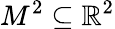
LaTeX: M^{2}\subseteq\mathbb{R}^{2}